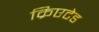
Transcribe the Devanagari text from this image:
क्रिएटेड